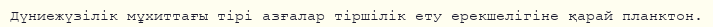
Дүниежүзілік мұхиттағы тірі азғалар тіршілік ету ерекшелігіне қарай планктон.